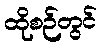
ထိုစဉ်တွင်